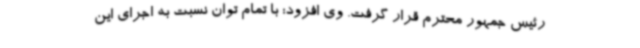
رئیس جمهور محترم قرار گرفت. وی افزود: با تمام توان نسبت به اجرای این